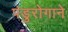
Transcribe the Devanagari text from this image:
पंडुरोगाने